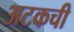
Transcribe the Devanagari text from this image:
अटकची